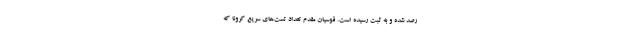
رصد شده و به ثبت رسیده است. قوسیان مقدم تعداد تست‌های سریع کرونا که